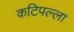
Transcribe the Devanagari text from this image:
कटिपल्ला